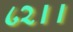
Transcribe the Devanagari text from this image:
८२।।